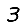
Digit: 3